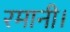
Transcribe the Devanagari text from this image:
रमानी।